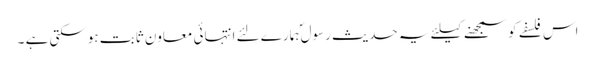
اس فلسفے کو سمجھنے کیلئے یہ حدیث رسول ؐہمارے لئے انتہائی معاون ثابت ہوسکتی ہے ۔